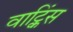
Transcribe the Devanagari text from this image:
वाट्किंस